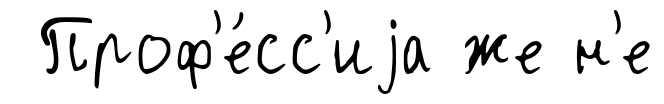
Проф'е́сс'иjа же н'е